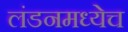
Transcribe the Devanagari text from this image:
लंडनमध्येच